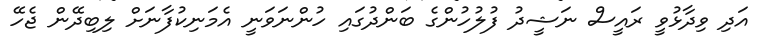
އަދި ވިދާޅުވީ ރައީސް ނަޝީދު ފުލުހުންގެ ބަންދުގައި ހުންނަވަނީ އެމަނިކުފާނަށް ލިބިދޭން ޖެހޭ